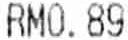
RM0.89